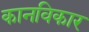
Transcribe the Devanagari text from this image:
कानविकार